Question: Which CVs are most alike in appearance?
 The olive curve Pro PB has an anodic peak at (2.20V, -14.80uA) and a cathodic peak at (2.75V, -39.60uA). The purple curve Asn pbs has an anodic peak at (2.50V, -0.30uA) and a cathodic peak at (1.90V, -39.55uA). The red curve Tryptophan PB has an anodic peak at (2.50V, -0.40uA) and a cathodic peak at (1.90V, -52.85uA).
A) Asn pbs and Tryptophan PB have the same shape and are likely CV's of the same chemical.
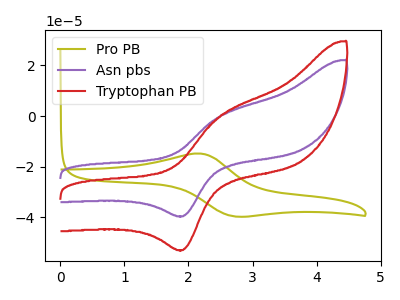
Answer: <think>"Pro PB" and "Asn pbs" have at least one peak that do not match. "Pro PB" and "Tryptophan PB" have at least one peak that do not match. All the peaks in "Asn pbs" have a peak in "Tryptophan PB" at the same potential.
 </think>
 <answer>A) "Asn pbs" and "Tryptophan PB" have the same shape and are likely CV's of the same chemical.</answer>
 <eval>A</eval>